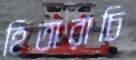
হিতারাচি